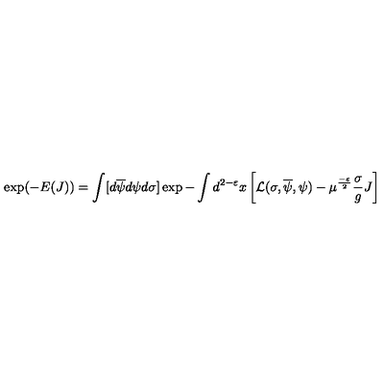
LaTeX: \exp ( - E ( J ) ) = \int [ d \overline { { \psi } } d \psi d \sigma ] \exp - \int d ^ { 2 - \varepsilon } x \left[ { \cal L } ( \sigma , \overline { { \psi } } , \psi ) - \mu ^ { \frac { - \varepsilon } { 2 } } \frac { \sigma } { g } J \right]